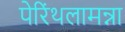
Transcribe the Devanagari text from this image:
पेरिंथलामन्ना